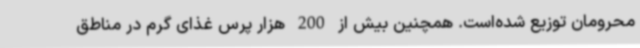
محرومان توزیع شده‌است. همچنین بیش از 200 هزار پرس غذای گرم در مناطق